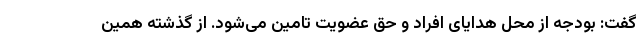
گفت: بودجه از محل هدایای افراد و حق عضویت تامین می‌شود. از گذشته همین